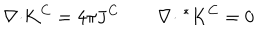
\mathbf { \nabla \cdot } { \mathbf { K } } ^ { C } = 4 \pi { \mathbf { J } } ^ { C } \qquad \mathbf { \nabla \cdot } \; ^ { * } { \mathbf { K } } ^ { C } = 0